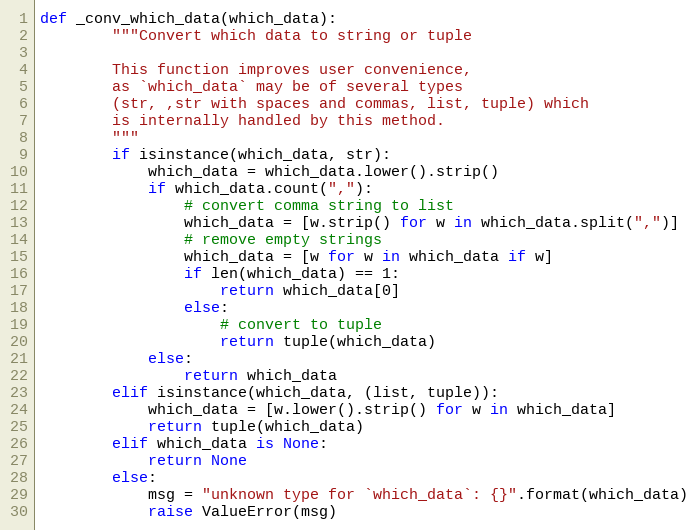
Language: Python
def _conv_which_data(which_data):
        """Convert which data to string or tuple

        This function improves user convenience,
        as `which_data` may be of several types
        (str, ,str with spaces and commas, list, tuple) which
        is internally handled by this method.
        """
        if isinstance(which_data, str):
            which_data = which_data.lower().strip()
            if which_data.count(","):
                # convert comma string to list
                which_data = [w.strip() for w in which_data.split(",")]
                # remove empty strings
                which_data = [w for w in which_data if w]
                if len(which_data) == 1:
                    return which_data[0]
                else:
                    # convert to tuple
                    return tuple(which_data)
            else:
                return which_data
        elif isinstance(which_data, (list, tuple)):
            which_data = [w.lower().strip() for w in which_data]
            return tuple(which_data)
        elif which_data is None:
            return None
        else:
            msg = "unknown type for `which_data`: {}".format(which_data)
            raise ValueError(msg)